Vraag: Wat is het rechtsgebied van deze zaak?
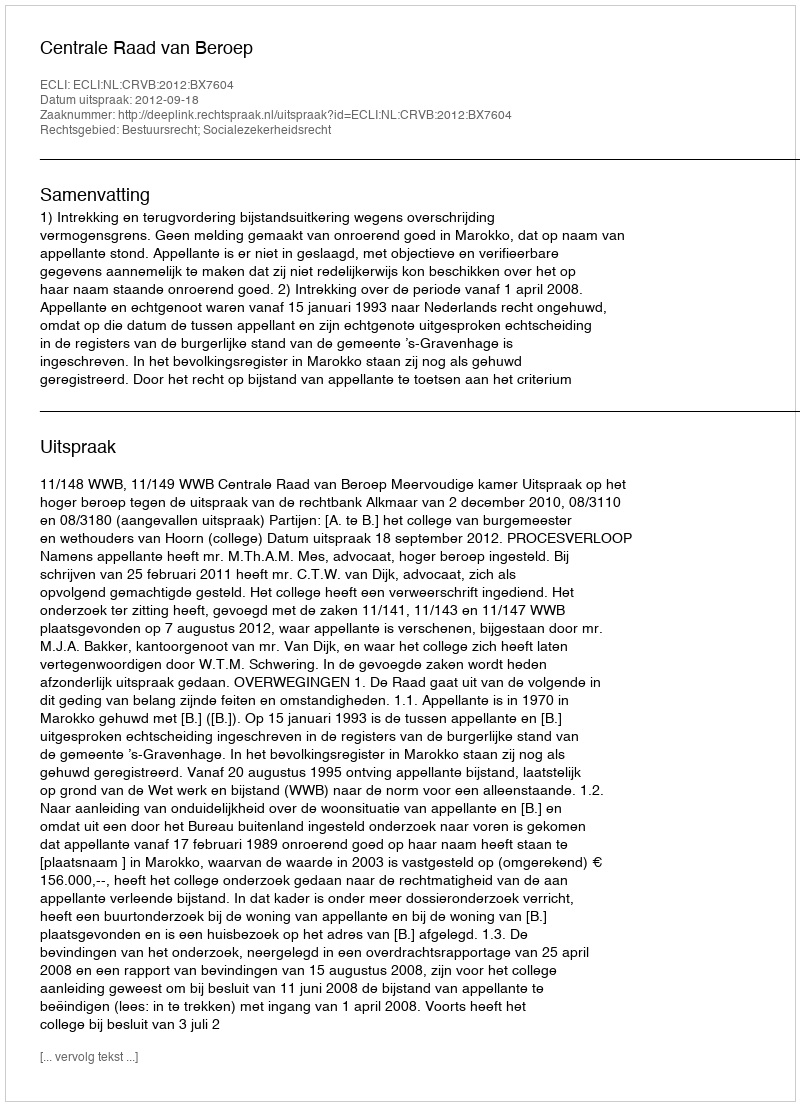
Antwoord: Bestuursrecht; Socialezekerheidsrecht